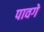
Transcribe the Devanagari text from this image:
पावगे